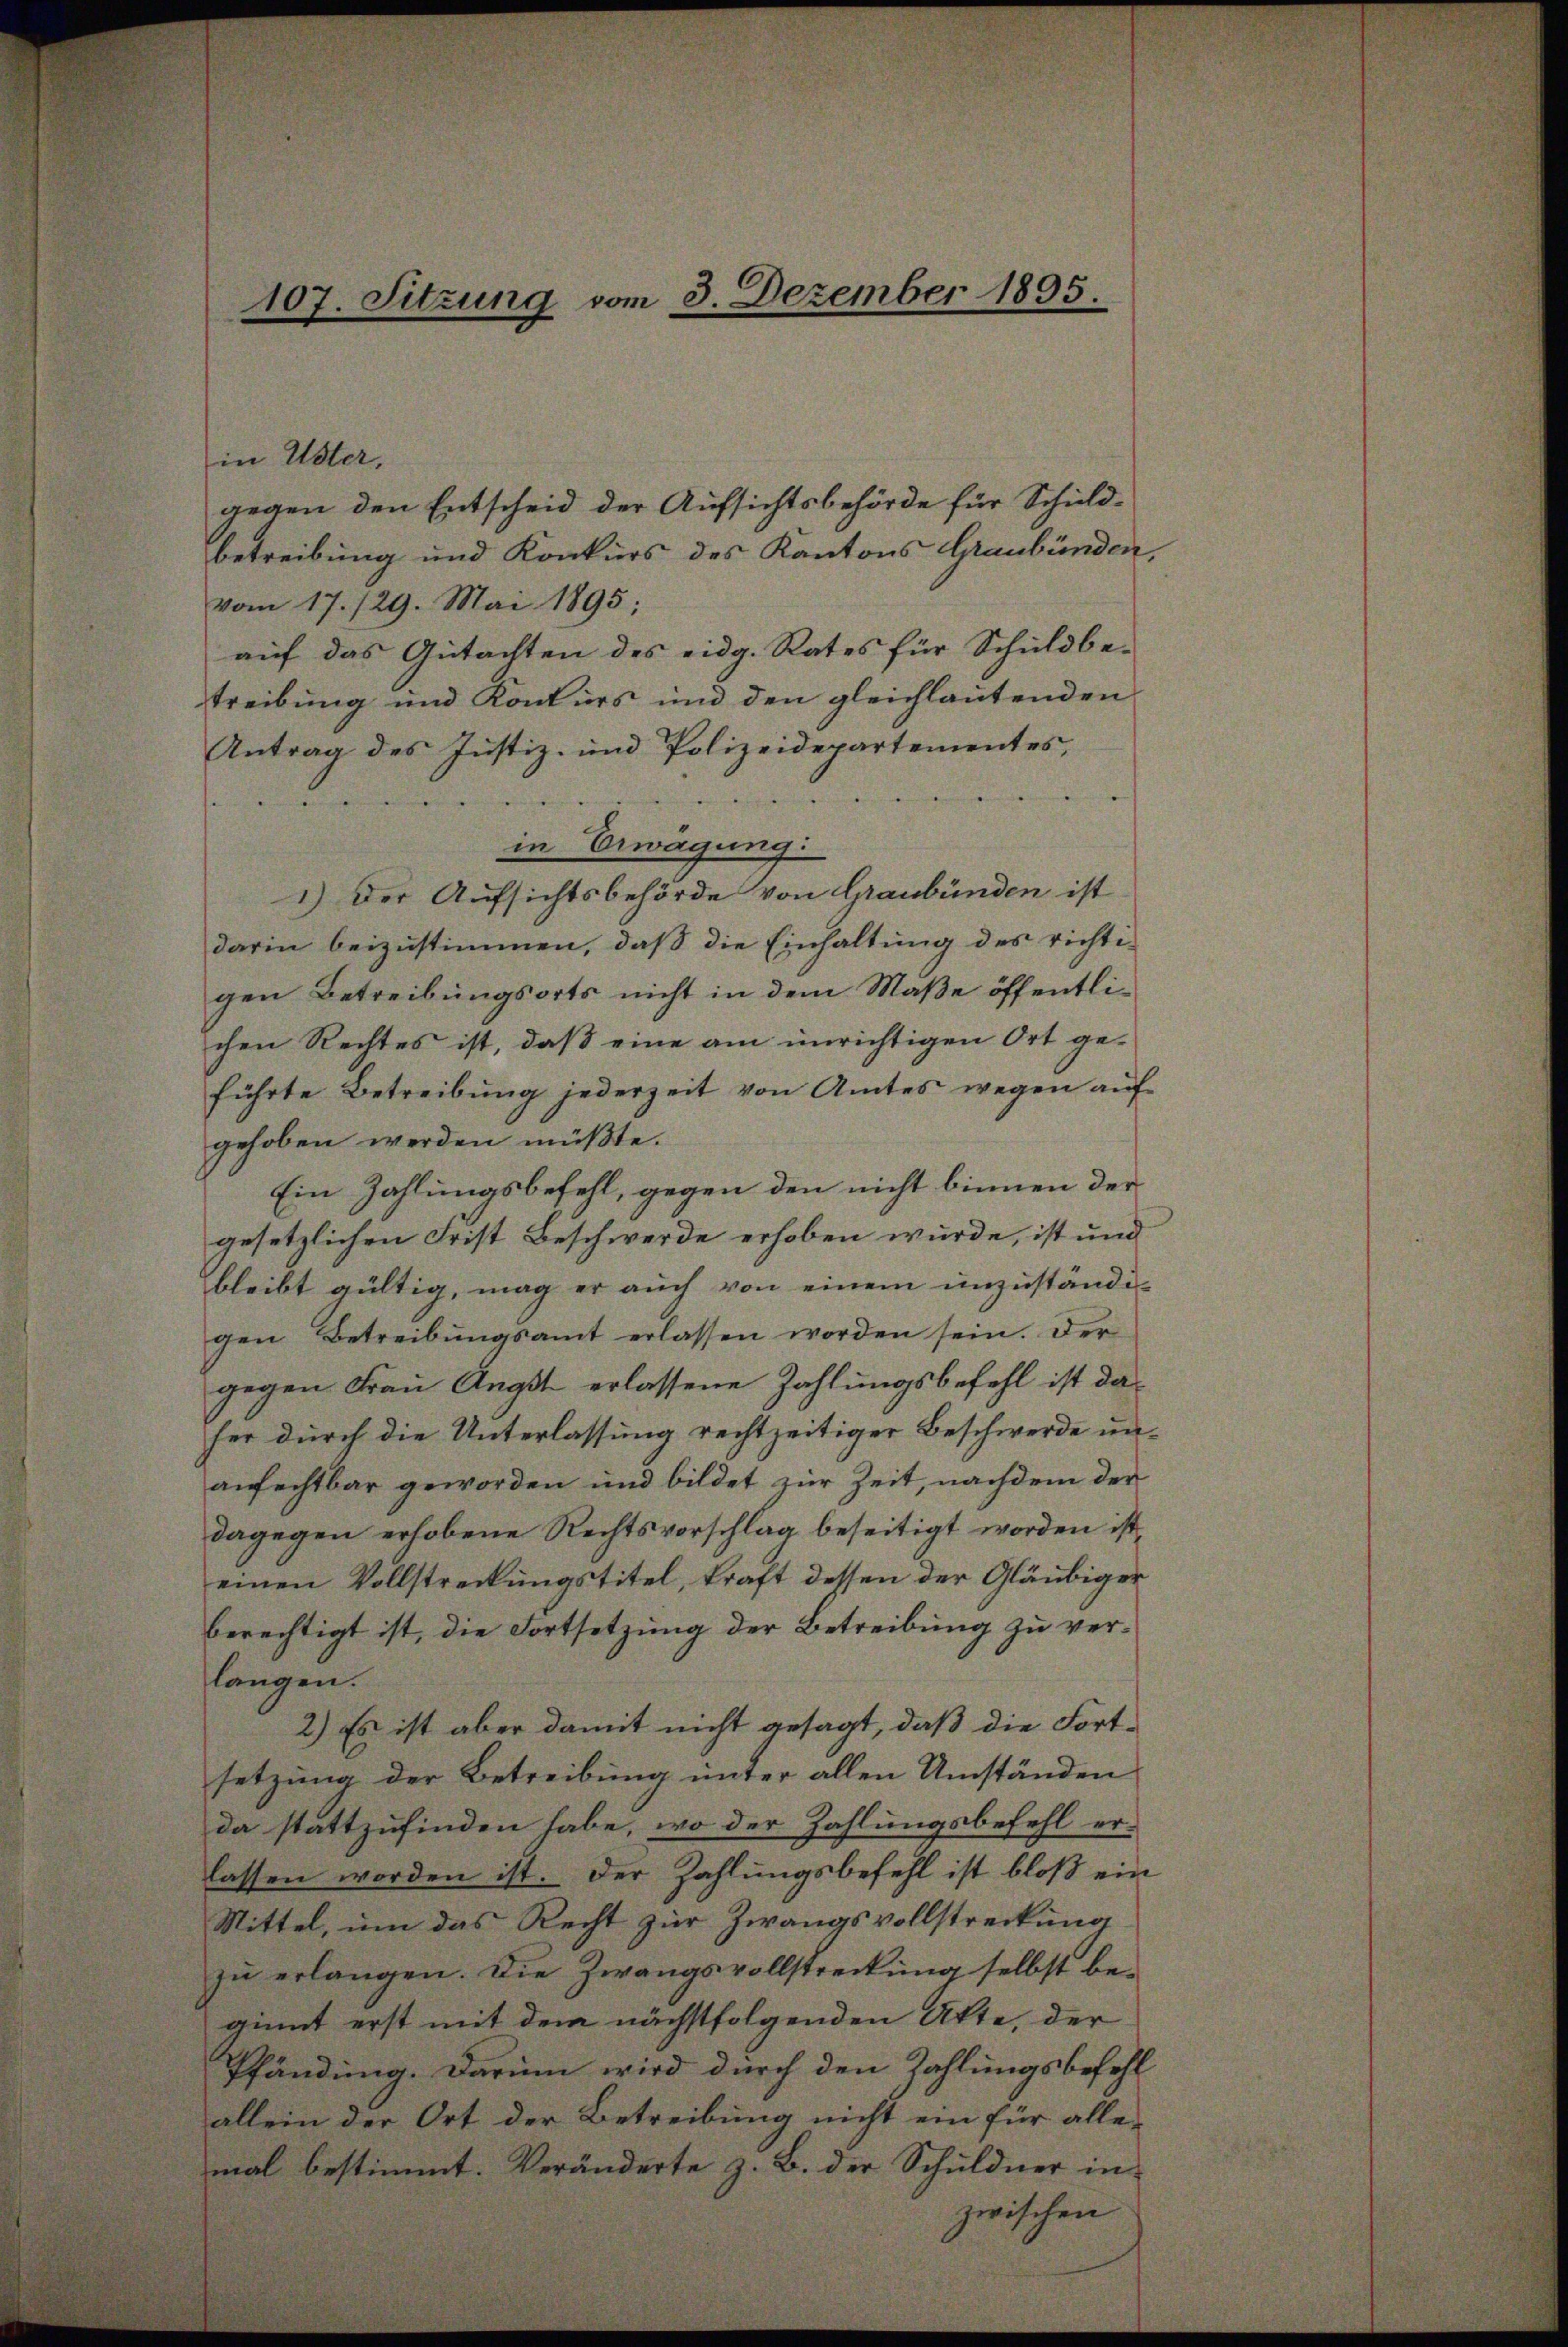
107. Sitzung vom 3. Dezember 1895.

in Uster,
gegen den Entscheid der Aufsichtsbehörde für Schuldbetreibung und Konkurs des Kantons Graubünden,
vom 17./29. Mai 1895;
auf das Gutachten des eidg. Rates für Schuldbetreibung und Konkurs und den gleichlautenden
Antrag des Justiz- und Polizeidepartementes,

.
in Erwägung:
) Der Aufsichtsbehörde von Graubünden ist
darin beizustimmen, daß die Einhaltung des richti-
gen Betreibungsorts nicht in dem Maße öffentlichen Rechtes ist, daß eine am unrichtigen Ort geführte Betreibŭng jederzeit von Amtes wegen auf
gehoben werden müßte.
Ein Zahlungsbefehl, gegen den nicht binnen der
gesetzlichen Frist Beschwerde erhoben würde, ist und
bleibt gültig, mag er auch von einem unzuständi-
gen Betreibungsamt erlassen worden sein. Der
gegen Frau Angst erlassene Zahlungsbefehl ist da
her durch die Unterlassung rechtzeitiger Beschwerde unanfechtbar geworden und bildet zur Zeit, nachdem der
dagegen erhobene Rechtsvorschlag beseitigt worden ist,
einen Vollstreckungstitel, kraft dessen der Gläubiger
berechtigt ist, die Fortsetzung der Betreibung zu verlangen.
2.) Es ist aber damit nicht gesagt, daß die Fortsetzung der Betreibung unter allen Umständen
da stattzufinden habe, wo der Zahlungsbefehl er-
lassen worden ist. Der Zahlungsbefehl ist bloß ein
Mittel, um das Recht zur Zwangsvollstreckung
zu erlangen. Die Zwangsvollstreckung selbst beginnt erst mit dem nächstfolgenden Atte, der
Pfändung. Darum wird durch den Zahlungsbefehl
allein der Ort der Betreibung nicht ein für allemal bestimmt. Veränderte z. B. der Schuldner in
zwischen